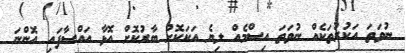
ނުވަތަ އަކުރުތަކެއް ނުވަތަ އިސްމެއް ލިޔެ އަކަކޮށް ބާރުކޮށް އޮޅާ އައްސާފައި އޮންނަ